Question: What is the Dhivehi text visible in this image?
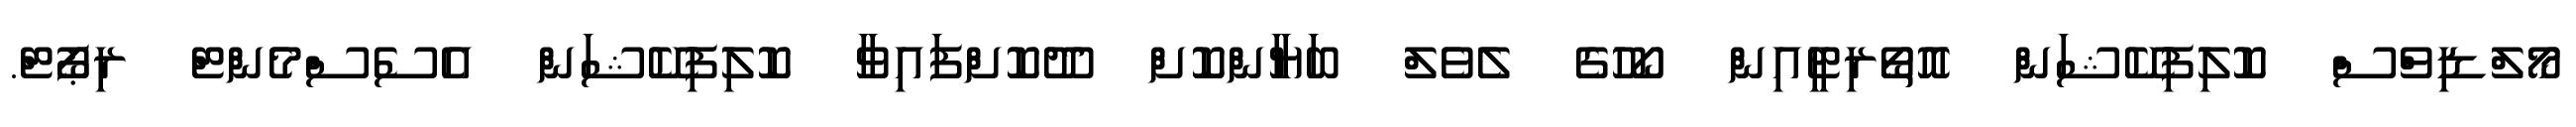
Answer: މޯލްޑިވްސް ކޮލިފިކޭޝަން އޮތޯރިޓީއިން ކޯހުގެ ލެވެލް ބަޔާންކޮށް ދޫކޮށްފައިވާ ކޮލިފިކޭޝަން އެސެސްމެންޓް ރިޕޯޓް.